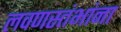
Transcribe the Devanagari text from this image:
लवणस्तंभांना